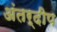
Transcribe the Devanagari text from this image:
अंतर्दीप